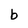
Character: b